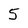
Character: 5